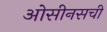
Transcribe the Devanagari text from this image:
ओसीनसची